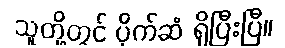
သူတို့တွင် ပိုက်ဆံ ရှိပြီးပြီ။